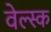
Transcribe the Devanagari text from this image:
वेल्स्क